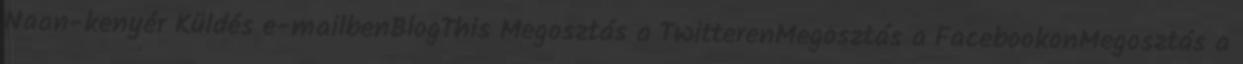
Naan-kenyér Küldés e-mailbenBlogThis Megosztás a TwitterenMegosztás a FacebookonMegosztás a